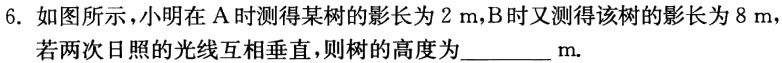
6. 如图所示，小明在 A 时测得某树的影长为 \(2\mathrm{m}\)，B 时又测得该树的影长为 \(8\mathrm{m}\)，若两次日照的光线互相垂直，则树的高度为________\(\mathrm{m}\).